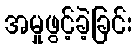
အမှုဖွင့်ခဲ့ခြင်း